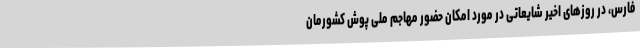
فارس، در روزهای اخیر شایعاتی در مورد امکان حضور مهاجم ملی پوش کشورمان